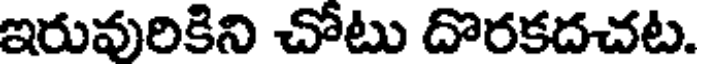
ఇరువురికిని చోటు దొరకదచట.